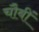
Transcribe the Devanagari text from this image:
चौबीं